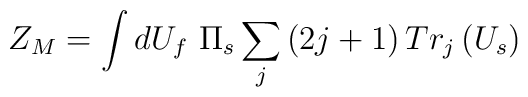
Z_M=\int dU_f\ \Pi _s\sum_j\left( 2j+1\right) Tr_j\left( U_s\right)